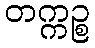
တက္ကဉ္စ